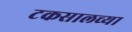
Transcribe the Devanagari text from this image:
टकसालच्या